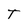
Character: T